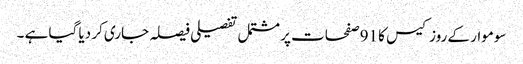
سوموار کے روز کیس کا 91صفحات پر مشتمل تفصیلی فیصلہ جاری کر دیا گیا ہے ۔